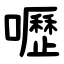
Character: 嚦